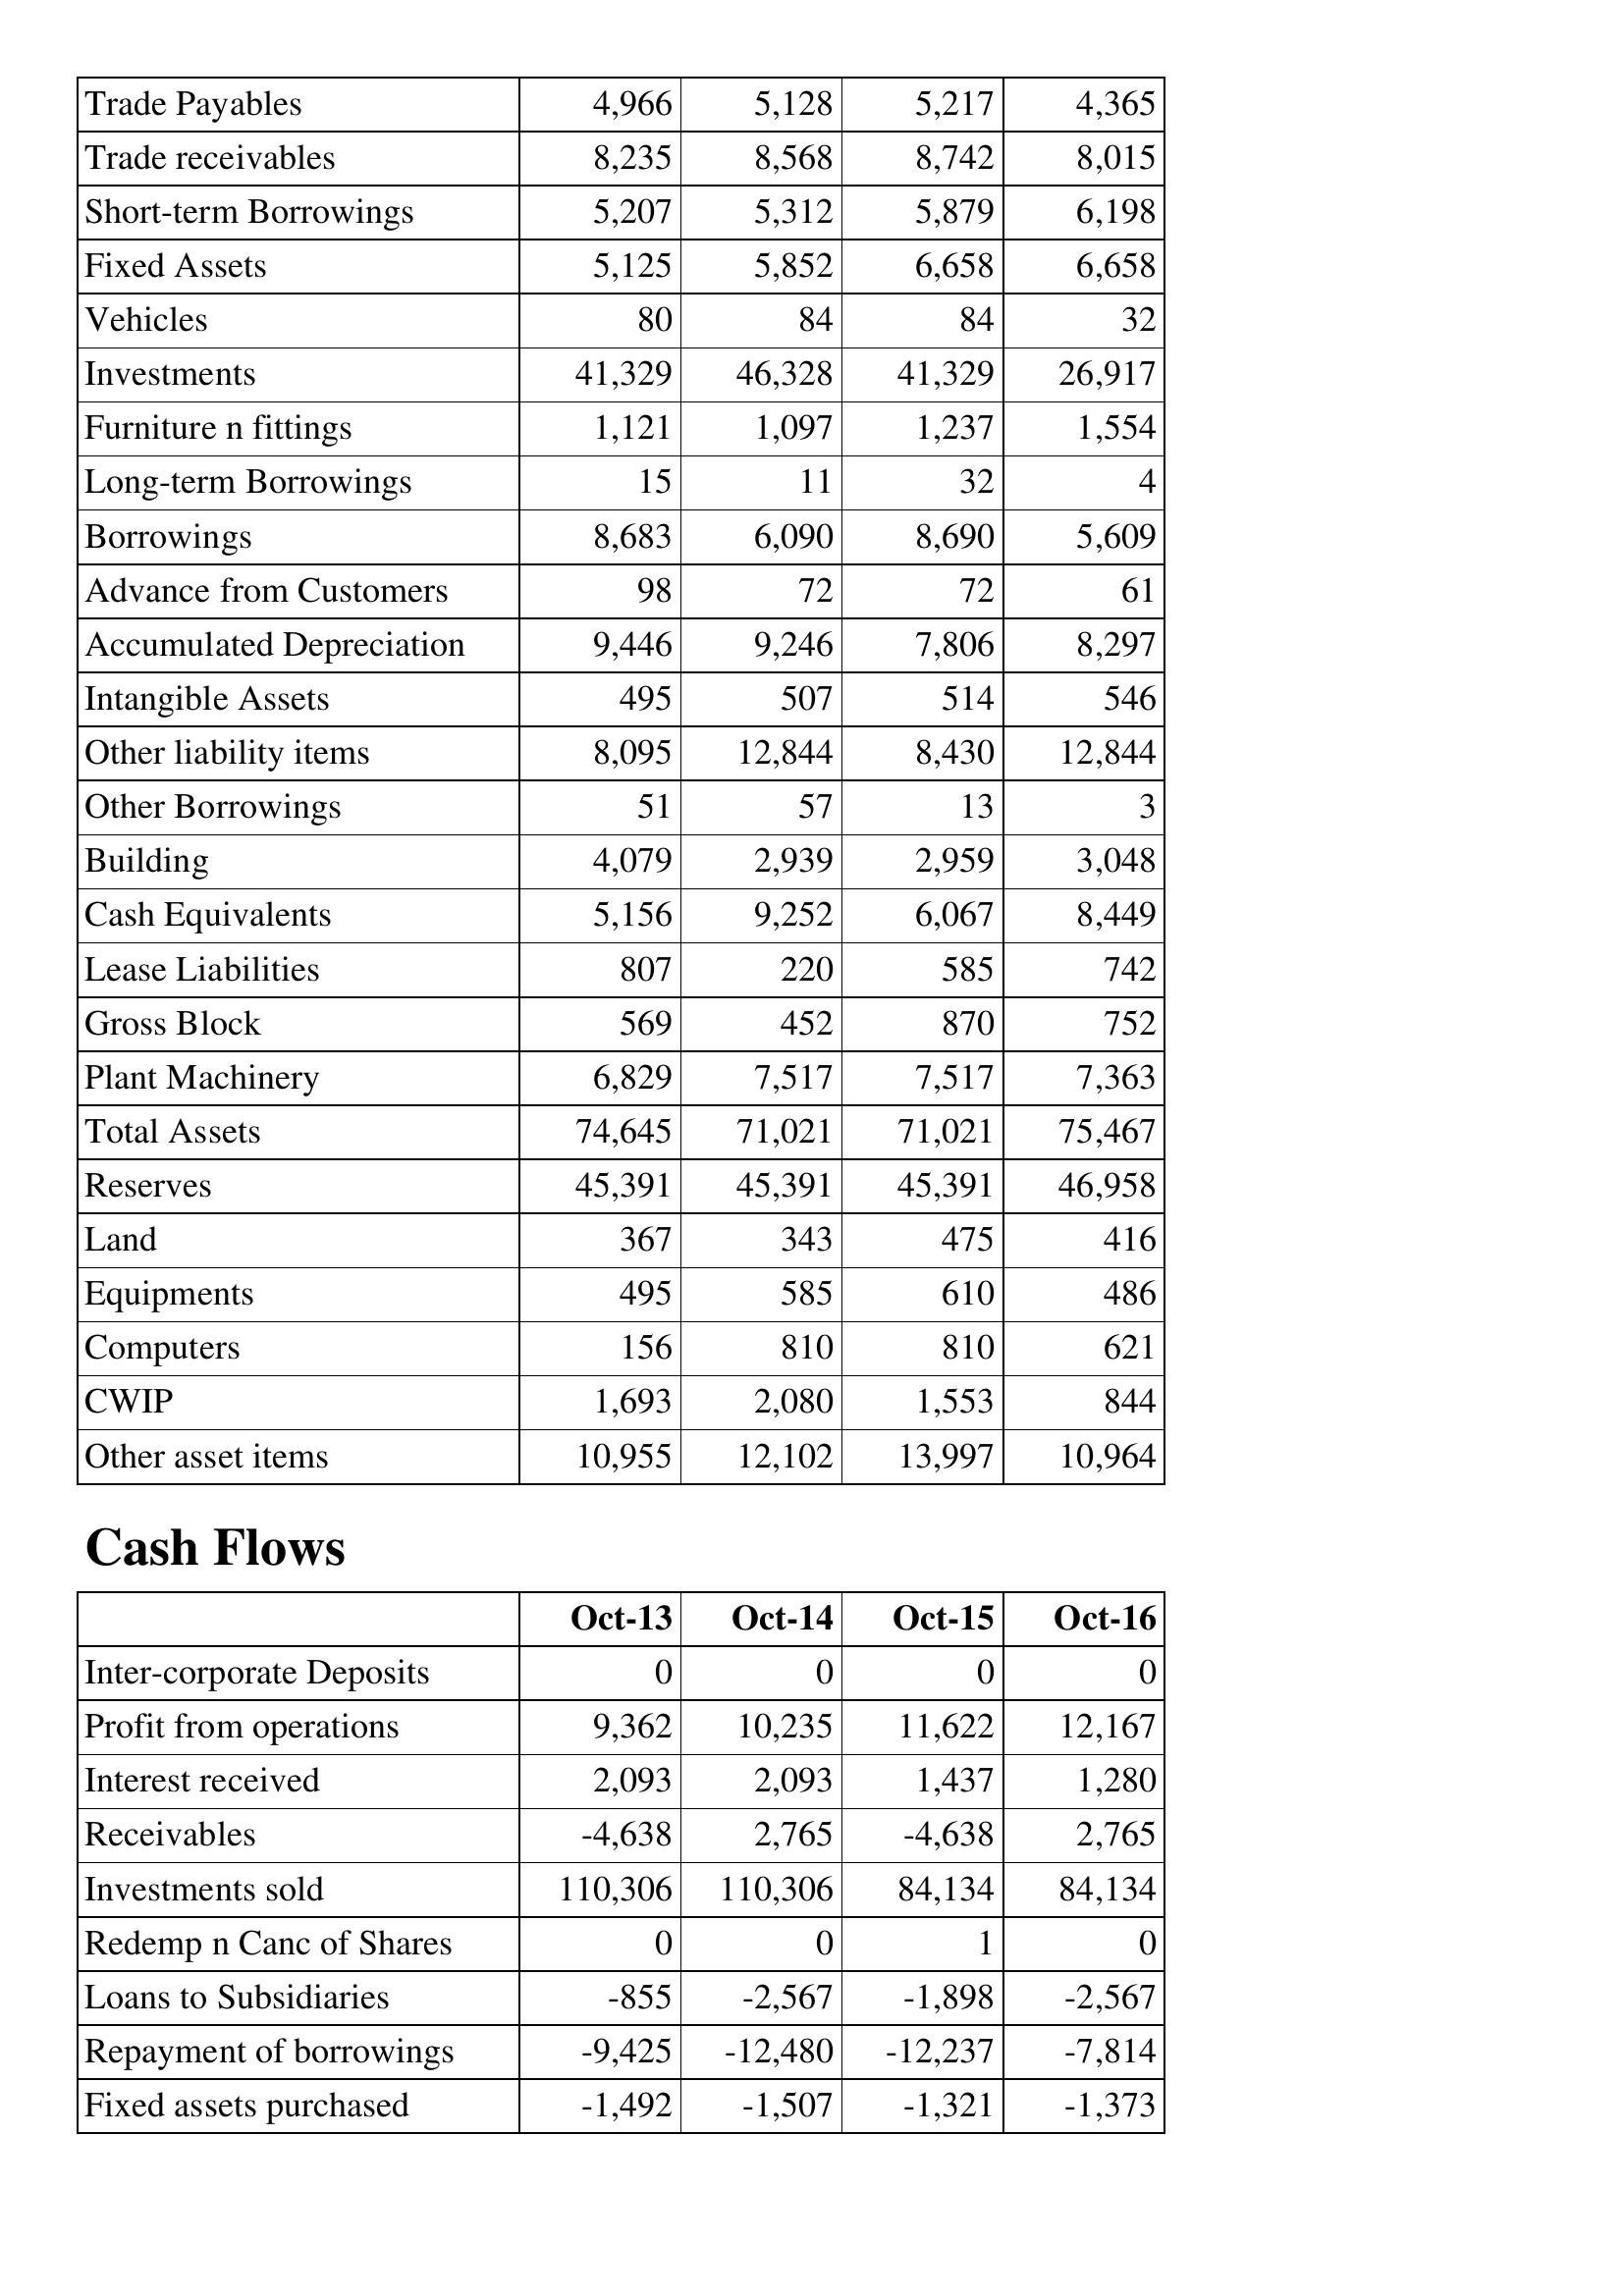
Oct-13: Balance Sheet: Trade Payables: 4,966
Trade receivables: 8,235
Short-term Borrowings: 5,207
Fixed Assets: 5,125
Vehicles: 80
Investments: 41,329
Furniture n fittings: 1,121
Long-term Borrowings: 15
Borrowings: 8,683
Advance from Customers: 98
Accumulated Depreciation: 9,446
Intangible Assets: 495
Other liability items: 8,095
Other Borrowings: 51
Building: 4,079
Cash Equivalents: 5,156
Lease Liabilities: 807
Gross Block: 569
Plant Machinery: 6,829
Total Assets: 74,645
Reserves: 45,391
Land: 367
Equipments: 495
Computers: 156
CWIP: 1,693
Other asset items: 10,955
Cash Flows: Inter-corporate Deposits: 0
Profit from operations: 9,362
Interest received: 2,093
Receivables: -4,638
Investments sold: 110,306
Redemp n Canc of Shares: 0
Loans to Subsidiaries: -855
Repayment of borrowings: -9,425
Fixed assets purchased: -1,492
Oct-14: Balance Sheet: Trade Payables: 5,128
Trade receivables: 8,568
Short-term Borrowings: 5,312
Fixed Assets: 5,852
Vehicles: 84
Investments: 46,328
Furniture n fittings: 1,097
Long-term Borrowings: 11
Borrowings: 6,090
Advance from Customers: 72
Accumulated Depreciation: 9,246
Intangible Assets: 507
Other liability items: 12,844
Other Borrowings: 57
Building: 2,939
Cash Equivalents: 9,252
Lease Liabilities: 220
Gross Block: 452
Plant Machinery: 7,517
Total Assets: 71,021
Reserves: 45,391
Land: 343
Equipments: 585
Computers: 810
CWIP: 2,080
Other asset items: 12,102
Cash Flows: Inter-corporate Deposits: 0
Profit from operations: 10,235
Interest received: 2,093
Receivables: 2,765
Investments sold: 110,306
Redemp n Canc of Shares: 0
Loans to Subsidiaries: -2,567
Repayment of borrowings: -12,480
Fixed assets purchased: -1,507
Oct-15: Balance Sheet: Trade Payables: 5,217
Trade receivables: 8,742
Short-term Borrowings: 5,879
Fixed Assets: 6,658
Vehicles: 84
Investments: 41,329
Furniture n fittings: 1,237
Long-term Borrowings: 32
Borrowings: 8,690
Advance from Customers: 72
Accumulated Depreciation: 7,806
Intangible Assets: 514
Other liability items: 8,430
Other Borrowings: 13
Building: 2,959
Cash Equivalents: 6,067
Lease Liabilities: 585
Gross Block: 870
Plant Machinery: 7,517
Total Assets: 71,021
Reserves: 45,391
Land: 475
Equipments: 610
Computers: 810
CWIP: 1,553
Other asset items: 13,997
Cash Flows: Inter-corporate Deposits: 0
Profit from operations: 11,622
Interest received: 1,437
Receivables: -4,638
Investments sold: 84,134
Redemp n Canc of Shares: 1
Loans to Subsidiaries: -1,898
Repayment of borrowings: -12,237
Fixed assets purchased: -1,321
Oct-16: Balance Sheet: Trade Payables: 4,365
Trade receivables: 8,015
Short-term Borrowings: 6,198
Fixed Assets: 6,658
Vehicles: 32
Investments: 26,917
Furniture n fittings: 1,554
Long-term Borrowings: 4
Borrowings: 5,609
Advance from Customers: 61
Accumulated Depreciation: 8,297
Intangible Assets: 546
Other liability items: 12,844
Other Borrowings: 3
Building: 3,048
Cash Equivalents: 8,449
Lease Liabilities: 742
Gross Block: 752
Plant Machinery: 7,363
Total Assets: 75,467
Reserves: 46,958
Land: 416
Equipments: 486
Computers: 621
CWIP: 844
Other asset items: 10,964
Cash Flows: Inter-corporate Deposits: 0
Profit from operations: 12,167
Interest received: 1,280
Receivables: 2,765
Investments sold: 84,134
Redemp n Canc of Shares: 0
Loans to Subsidiaries: -2,567
Repayment of borrowings: -7,814
Fixed assets purchased: -1,373